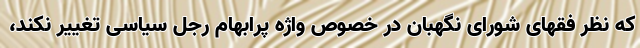
که نظر فقهای شورای نگهبان در خصوص واژه پرابهام رجل سیاسی تغییر نکند،